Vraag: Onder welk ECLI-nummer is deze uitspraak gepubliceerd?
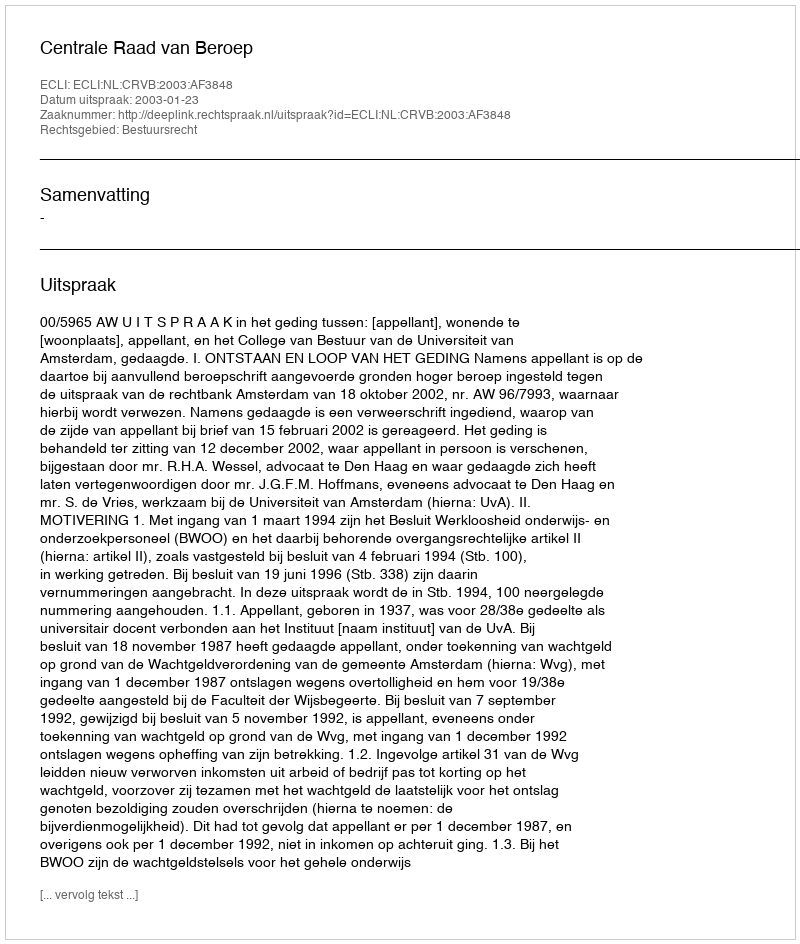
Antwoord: ECLI:NL:CRVB:2003:AF3848